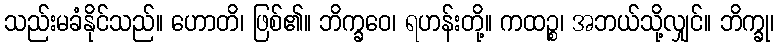
သည်းမခံနိုင်သည်။ ဟောတိ၊ ဖြစ်၏။ ဘိက္ခဝေ၊ ရဟန်းတို့။ ကထဉ္စ၊ အဘယ်သို့လျှင်။ ဘိက္ခု၊